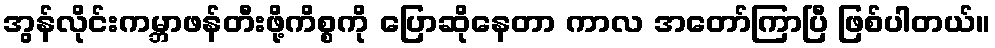
အွန်လိုင်းကမ္ဘာဖန်တီးဖို့ကိစ္စကို ပြောဆိုနေတာ ကာလ အတော်ကြာပြီ ဖြစ်ပါတယ်။